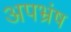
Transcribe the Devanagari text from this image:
अपभ्रंष